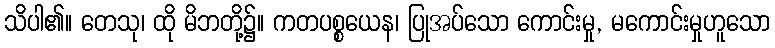
သိပါ၏။ တေသု၊ ထို မိဘတို့၌။ ကတပစ္စယေန၊ ပြုအပ်သော ကောင်းမှု, မကောင်းမှုဟူသော